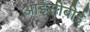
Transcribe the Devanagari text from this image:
आईसीबीई